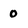
Character: 0